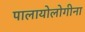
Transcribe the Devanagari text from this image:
पालायोलोगीना